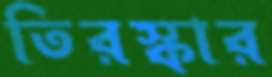
তিরস্কার